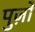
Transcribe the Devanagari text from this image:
पुज़ो